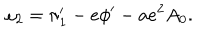
\omega _ { 2 } = \pi _ { 1 } ^ { \prime } - e \phi ^ { \prime } - a e ^ { 2 } A _ { 0 } .